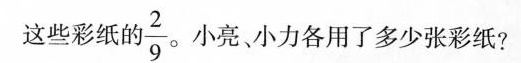
这些彩纸自的 \frac{2}{9} 小亮、小力各用了多少张彩纸?